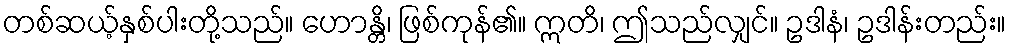
တစ်ဆယ့်နှစ်ပါးတို့သည်။ ဟောန္တိ၊ ဖြစ်ကုန်၏။ ဣတိ၊ ဤသည်လျှင်။ ဥဒါနံ၊ ဥဒါန်းတည်း။